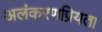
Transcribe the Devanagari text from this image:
अलंकरणप्रियता